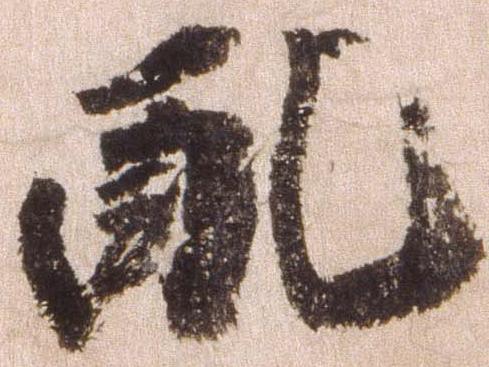
配